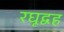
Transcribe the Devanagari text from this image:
रघूद्वह